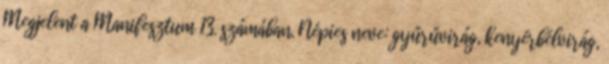
Megjelent a Manifesztum 13. számában. Népies neve: gyűrűvirág, kenyérbélvirág,